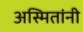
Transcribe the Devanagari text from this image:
अस्मितांनी